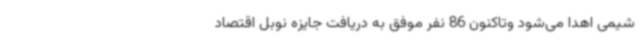
شیمی اهدا می‌شود وتاکنون 86 نفر موفق به دریافت جایزه نوبل اقتصاد